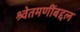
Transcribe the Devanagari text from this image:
श्र्वेतमणींबद्दल